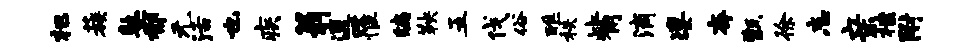
杷蔟塾郁无活也疾翁通罹编鞅五伐俗醮秩觜滴凄夸甑徐忘亲棣附